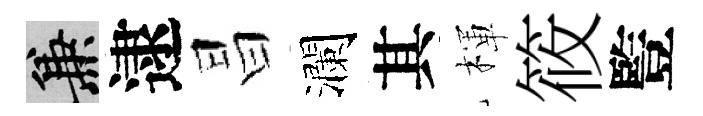
兼逮昌瀾其楎筱䜿